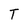
Character: T